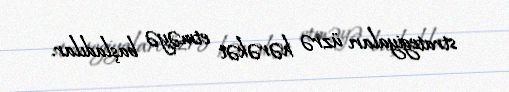
strategiyaları üzrə hərəkət etməyə başladılar.